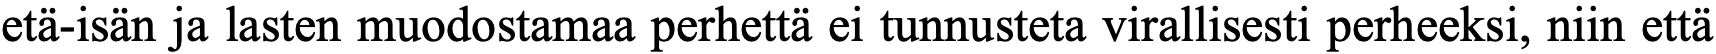
etä-isän ja lasten muodostamaa perhettä ei tunnusteta virallisesti perheeksi, niin että